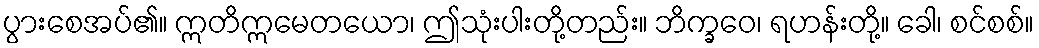
ပွားစေအပ်၏။ ဣတိဣမေတယော၊ ဤသုံးပါးတို့တည်း။ ဘိက္ခဝေ၊ ရဟန်းတို့။ ခေါ၊ စင်စစ်။